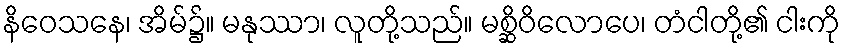
နိဝေသနေ၊ အိမ်၌။ မနုဿာ၊ လူတို့သည်။ မစ္ဆိဝိလောပေ၊ တံငါတို့၏ ငါးကို